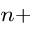
^ { n + }